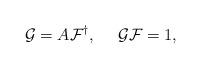
LaTeX: \begin{align*}{\cal G} = A {\cal F}^{\dag}, ~~~~ {\cal G}{\cal F} = 1,\end{align*}